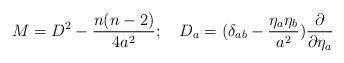
LaTeX: \begin{align*}M = D^2 - \frac{n(n-2)}{4a^2};~~~D_a = (\delta_{ab} -\frac{{\eta_a}\eta_b}{a^2})\frac{\partial}{\partial{\eta_a}}\end{align*}